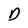
Character: D